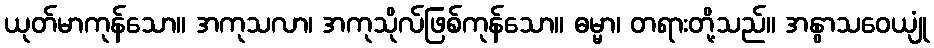
ယုတ်မာကုန်သော။ အကုသလာ၊ အကုသိုလ်ဖြစ်ကုန်သော။ ဓမ္မာ၊ တရားတို့သည်။ အနွာသဝေယျုံ